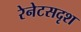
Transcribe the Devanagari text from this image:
रेनेटसदृश